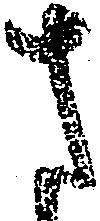
さ